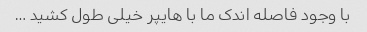
با وجود فاصله اندک ما با هایپر خیلی طول کشید …